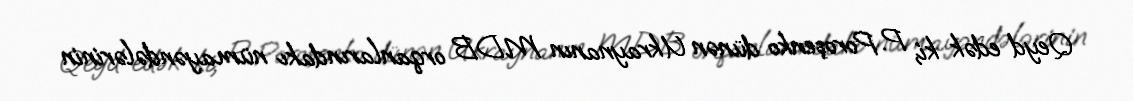
Qeyd edək ki, P. Poroşenko dünən Ukraynanın MDB orqanlarındakı nümayəndələrinin